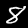
Label: 8